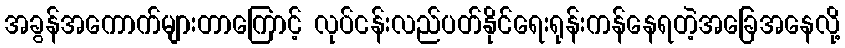
အခွန်အကောက်များတာကြောင့် လုပ်ငန်းလည်ပတ်နိုင်ရေးရုန်းကန်နေရတဲ့အခြေအနေလို့